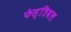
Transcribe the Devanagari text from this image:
फेस्तिवल